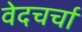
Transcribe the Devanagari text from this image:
वेदचर्चा